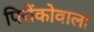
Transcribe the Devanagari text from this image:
पिरोंकोवाला